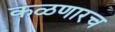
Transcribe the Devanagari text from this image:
कळणारच